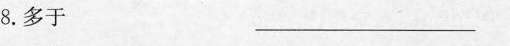
8. 多于 ——